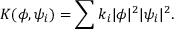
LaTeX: K ( \phi , \psi _ { i } ) = \sum k _ { i } | \phi | ^ { 2 } | \psi _ { i } | ^ { 2 } .